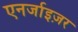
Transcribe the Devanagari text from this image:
एनर्जाइज़र